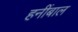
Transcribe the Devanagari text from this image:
हनींबाल